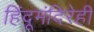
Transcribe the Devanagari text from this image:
हिंदूमंदिरेही